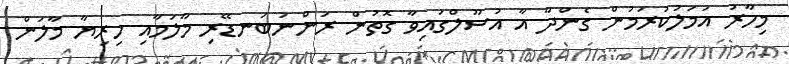
މިހާރު އަމަލުކުރަމުން ގެންދާ އާ އުސޫލްގައިވާ ގޮތުން ރަންނަބަނޑޭރި މާލަމާއި ހިރިޔާ މާލަން